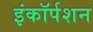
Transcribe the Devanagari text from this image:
इंकॉर्पशन